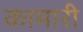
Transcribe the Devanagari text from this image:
कामारी